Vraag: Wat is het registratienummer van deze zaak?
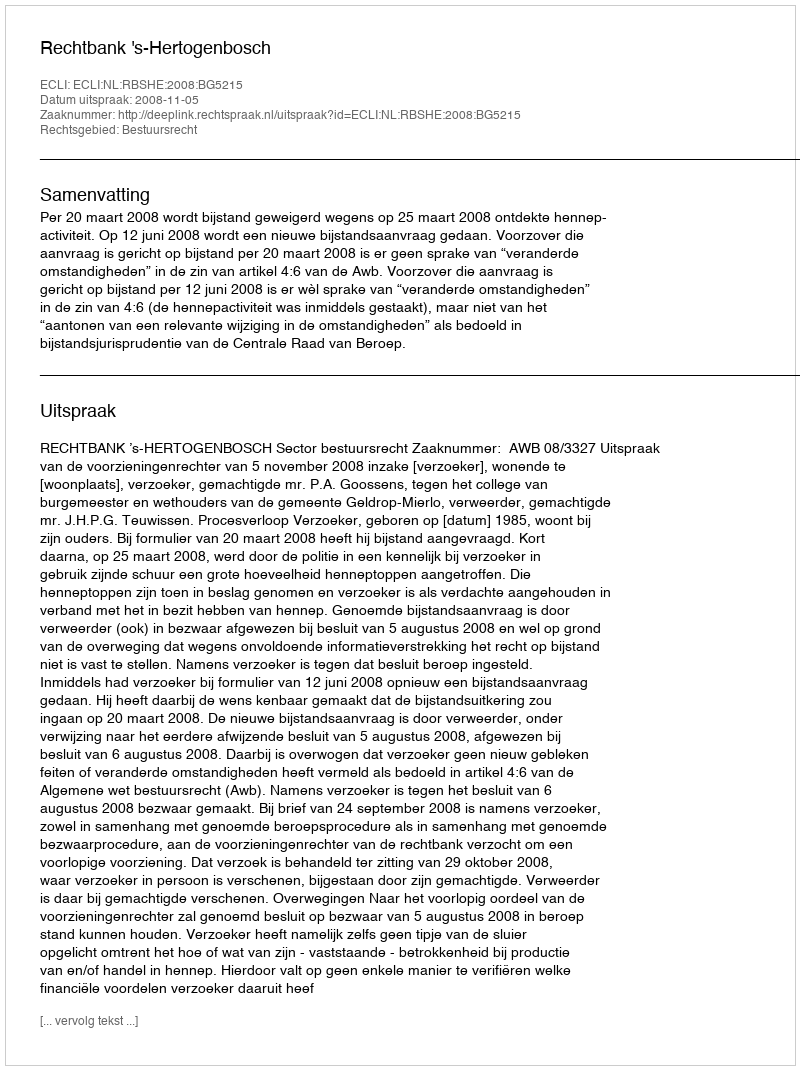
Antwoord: http://deeplink.rechtspraak.nl/uitspraak?id=ECLI:NL:RBSHE:2008:BG5215